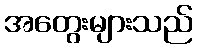
အတွေးများသည်